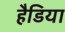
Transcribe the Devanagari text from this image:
हैडिया